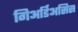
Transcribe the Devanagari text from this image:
गिअर्डिअसिस